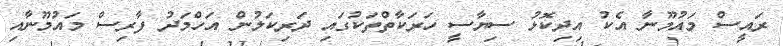
ރައީސް މައުމޫނާ އެކު އިދިކޮޅު ސިޔާސީ ހަރަކާތްތަކުގައި ދަރިކަލުން އަހްމަދު ފާރިސް މައުމޫނާއި